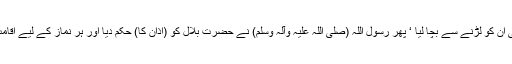
(الاحزب : ٢٥) (زبردست آندھی بھیج کر) اللہ مسلمانوں کے لیے جنگ سے کافی ہوگیا “ یعنی ان کو لڑنے سے بچا لیا ‘ پھر رسول اللہ (صلی اللہ علیہ وآلہ وسلم) نے حضرت بلال کو (اذان کا) حکم دیا اور ہر نماز کے لیے اقامت کہی ‘ یہ واقعہ اس آیت کے نازل ہونے سے پہلے تھا : (آیت) ’ فان خفتم فرجالا اور کبانا “۔